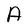
Character: A